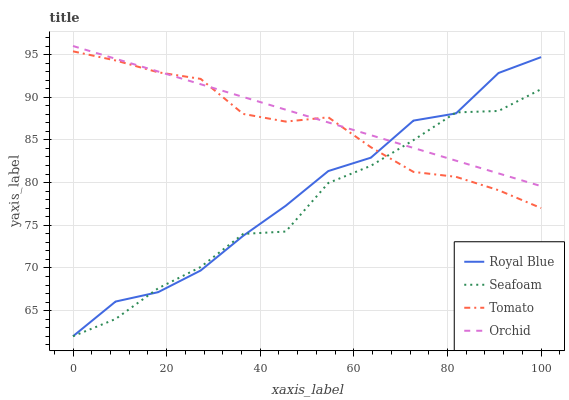
| xaxis_label | Royal Blue | Seafoam | Tomato | Orchid |
 | --- | --- | --- | --- | --- |
 | 0 | 62 | 62 | 95.4 | 96 |
 | 9.09 | 66.1 | 64 | 94.3 | 94.5 |
 | 18.2 | 67.2 | 67.6 | 92.9 | 93 |
 | 27.3 | 69.7 | 70.1 | 92.1 | 91.5 |
 | 36.4 | 73.8 | 74 | 88 | 90 |
 | 45.5 | 77.3 | 74.3 | 87.1 | 88.5 |
 | 54.5 | 81.4 | 80 | 87.6 | 87 |
 | 63.6 | 82.9 | 82 | 84.1 | 85.6 |
 | 72.7 | 87.3 | 85 | 81.3 | 84.1 |
 | 81.8 | 88.1 | 88.2 | 80.7 | 82.6 |
 | 90.9 | 92.8 | 88.4 | 79.1 | 81.1 |
 | 100 | 94.7 | 90.9 | 77 | 79.6 |